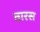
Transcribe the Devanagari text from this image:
तारस